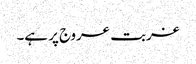
غربت عروج پر ہے۔